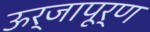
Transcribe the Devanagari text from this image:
ऊर्जापूर्ण